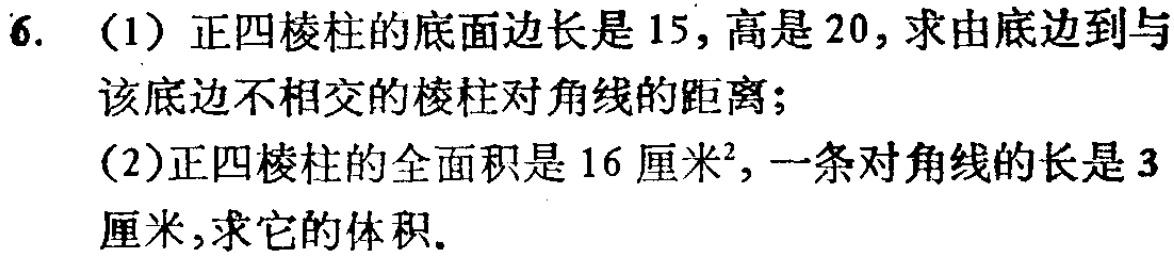
6. (1) 正四棱柱的底面边长是$15$，高是$20$，求由底边到与该底边不相交的棱柱对角线的距离；
(2)正四棱柱的全面积是$16$厘米²，一条对角线的长是$3$厘米，求它的体积。